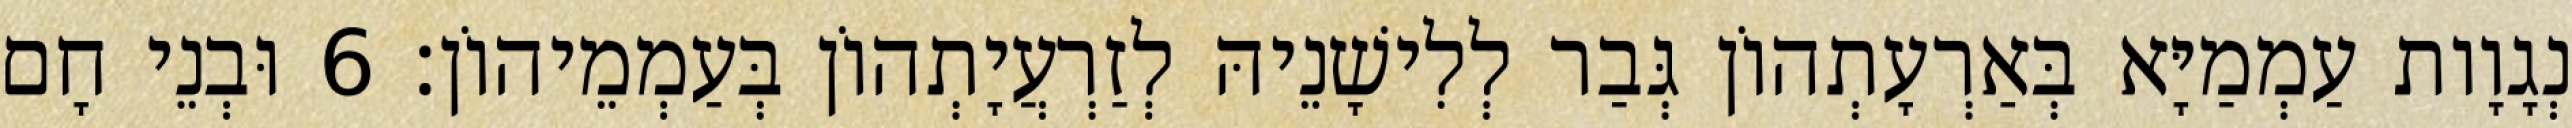
נְגָוָות עַמְמַיָּא בְּאַרְעָתְהוֹן גְּבַר לְלִישָׁנֵיהּ לְזַרְעֲיָתְהוֹן בְּעַמְמֵיהוֹן׃ 6 וּבְנֵי חָם